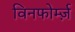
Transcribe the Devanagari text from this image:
विनफोर्म्ज़